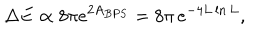
LaTeX: \Delta E \propto 8 \pi e ^ { 2 A _ { B P S } } = 8 \pi \, e ^ { - 4 L \ln L } ,